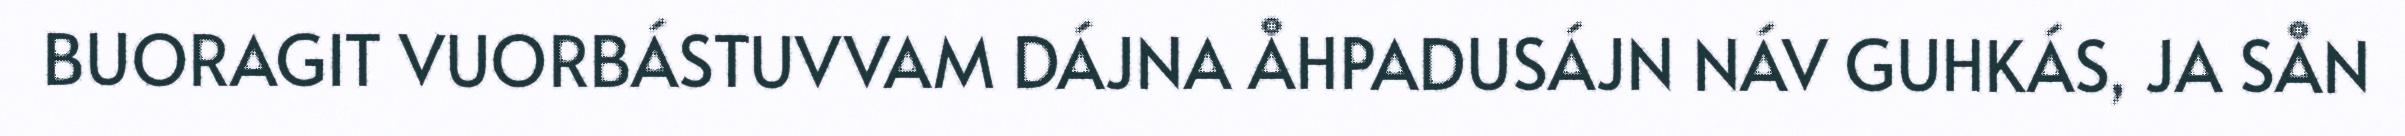
BUORAGIT VUORBÁSTUVVAM DÁJNA ÅHPADUSÁJN NÁV GUHKÁS, JA SÅN